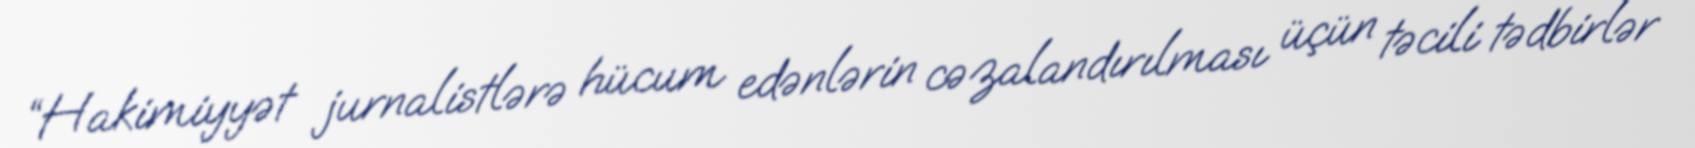
“Hakimiyyət jurnalistlərə hücum edənlərin cəzalandırılması üçün təcili tədbirlər